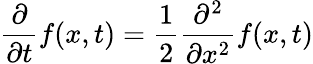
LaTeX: {\frac{\partial}{\partial t}}f(x,t)={\frac{1}{2}}{\frac{\partial^{2}}{\partial x^{2}}}f(x,t)